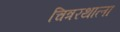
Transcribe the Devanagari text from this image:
चित्ररथाला